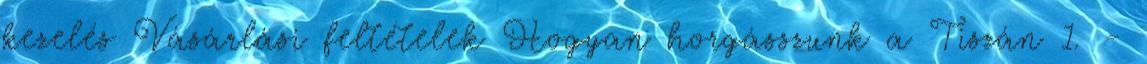
kezelés Vásárlási feltételek Hogyan horgásszunk a Tiszán 1. -